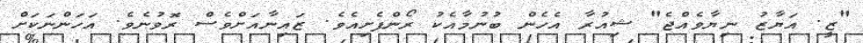
"ޒީ. އަޔާޒު ނިޔާވެއްޖެ" ޝިއުރާ އެހެން ބުނުމާއެކު ރޯންފެށިއެވެ. ޒައިނާއަށްވެސް ރޮވުނެވެ. އަހަންނަކަށް